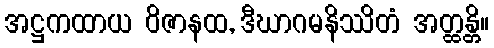
အဋ္ဌကထာယ ဝိဇာနထ, ဒီဃာဂမနိဿိတံ အတ္ထန္တိ။